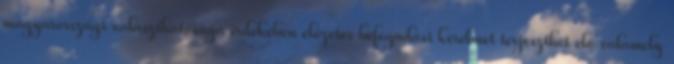
magyarországi választhatósága érdekében előzetes befogadási kérelmet terjeszthet elő valamely